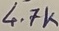
Text: 4.7K